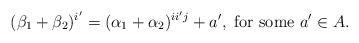
LaTeX: \begin{align*}(\beta_1+\beta_2)^{i'} = (\alpha_1+\alpha_2)^{ii'j} + a', \textrm{ for some } a' \in A. \end{align*}